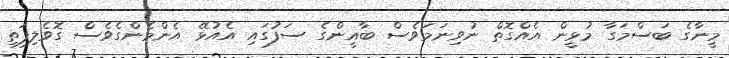
މީނާގެ ބަސްމަގާ މުޅީން އެއްގޮތް ނުވިނަމަވެސް ބާޣީންގެ ސަފުގައި އެއުޅޭ އެންމެންގެވެސް ގޮވެލިފަތި